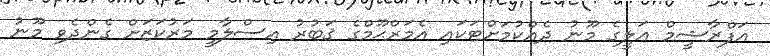
އަފްރާޝީމް ޢަލީގެ މޫނު ދެއްކުމަށްޓަކައި އެމަރްޙޫމްގެ ޤަބުރު އިސްލާމީ މަރުކަޒަށް ގެންދެވި މޫނު